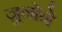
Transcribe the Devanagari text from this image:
जुनोने